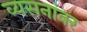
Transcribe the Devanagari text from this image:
व्यसनांवर